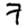
Digit: 7